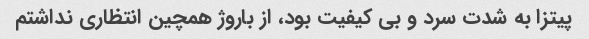
پیتزا به شدت سرد و بی کیفیت بود، از باروژ همچین انتظاری نداشتم